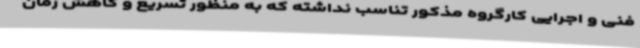
فنی و اجرایی کارگروه مذکور تناسب نداشته که به منظور تسریع و کاهش زمان